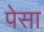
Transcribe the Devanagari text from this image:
पेसा